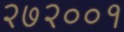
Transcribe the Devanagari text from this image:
२७२००१